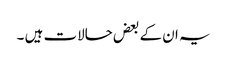
یہ ان کے بعض حالات ہیں ۔